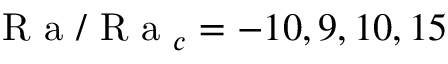
\mathrm { ~ R ~ a ~ } / \mathrm { ~ R ~ a ~ } _ { c } = - 1 0 , 9 , 1 0 , 1 5